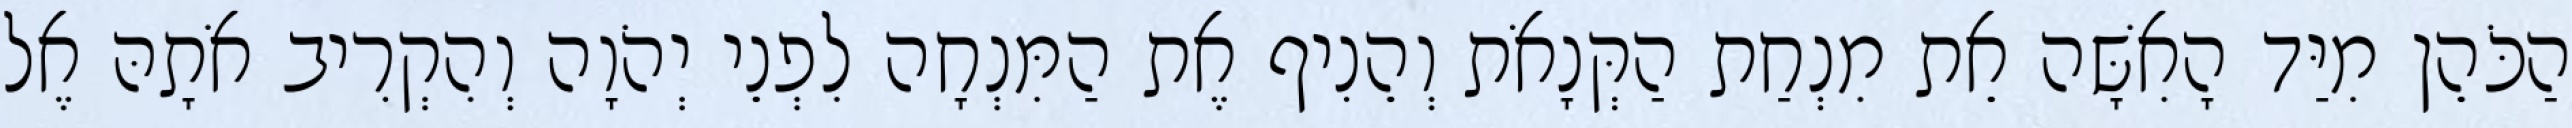
הַכֹּהֵן מִיַּד הָאִשָּׁה אֵת מִנְחַת הַקְּנָאֹת וְהֵנִיף אֶת הַמִּנְחָה לִפְנֵי יְהֹוָה וְהִקְרִיב אֹתָהּ אֶל